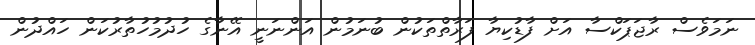
ނަމަވެސް ރާޖަޕަކްސާ އަށް ފާޑުކިޔާ ފަރާތްތަކުން ބުނަމުން އަންނަނީ އޭނާގެ ހުދުމުހުތާރުކަން ހައްދުން